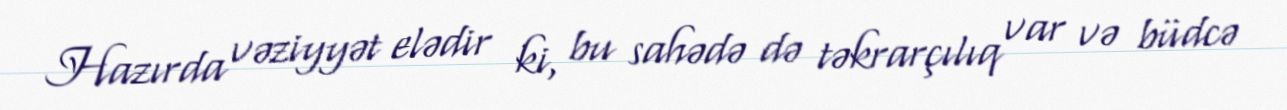
Hazırda vəziyyət elədir ki, bu sahədə də təkrarçılıq var və büdcə